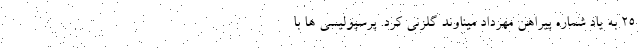
25 به یاد شماره پیراهن مهرداد میناوند گلزنی کرد. پرسپولیسی ها با